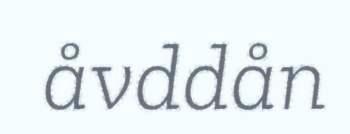
åvddån